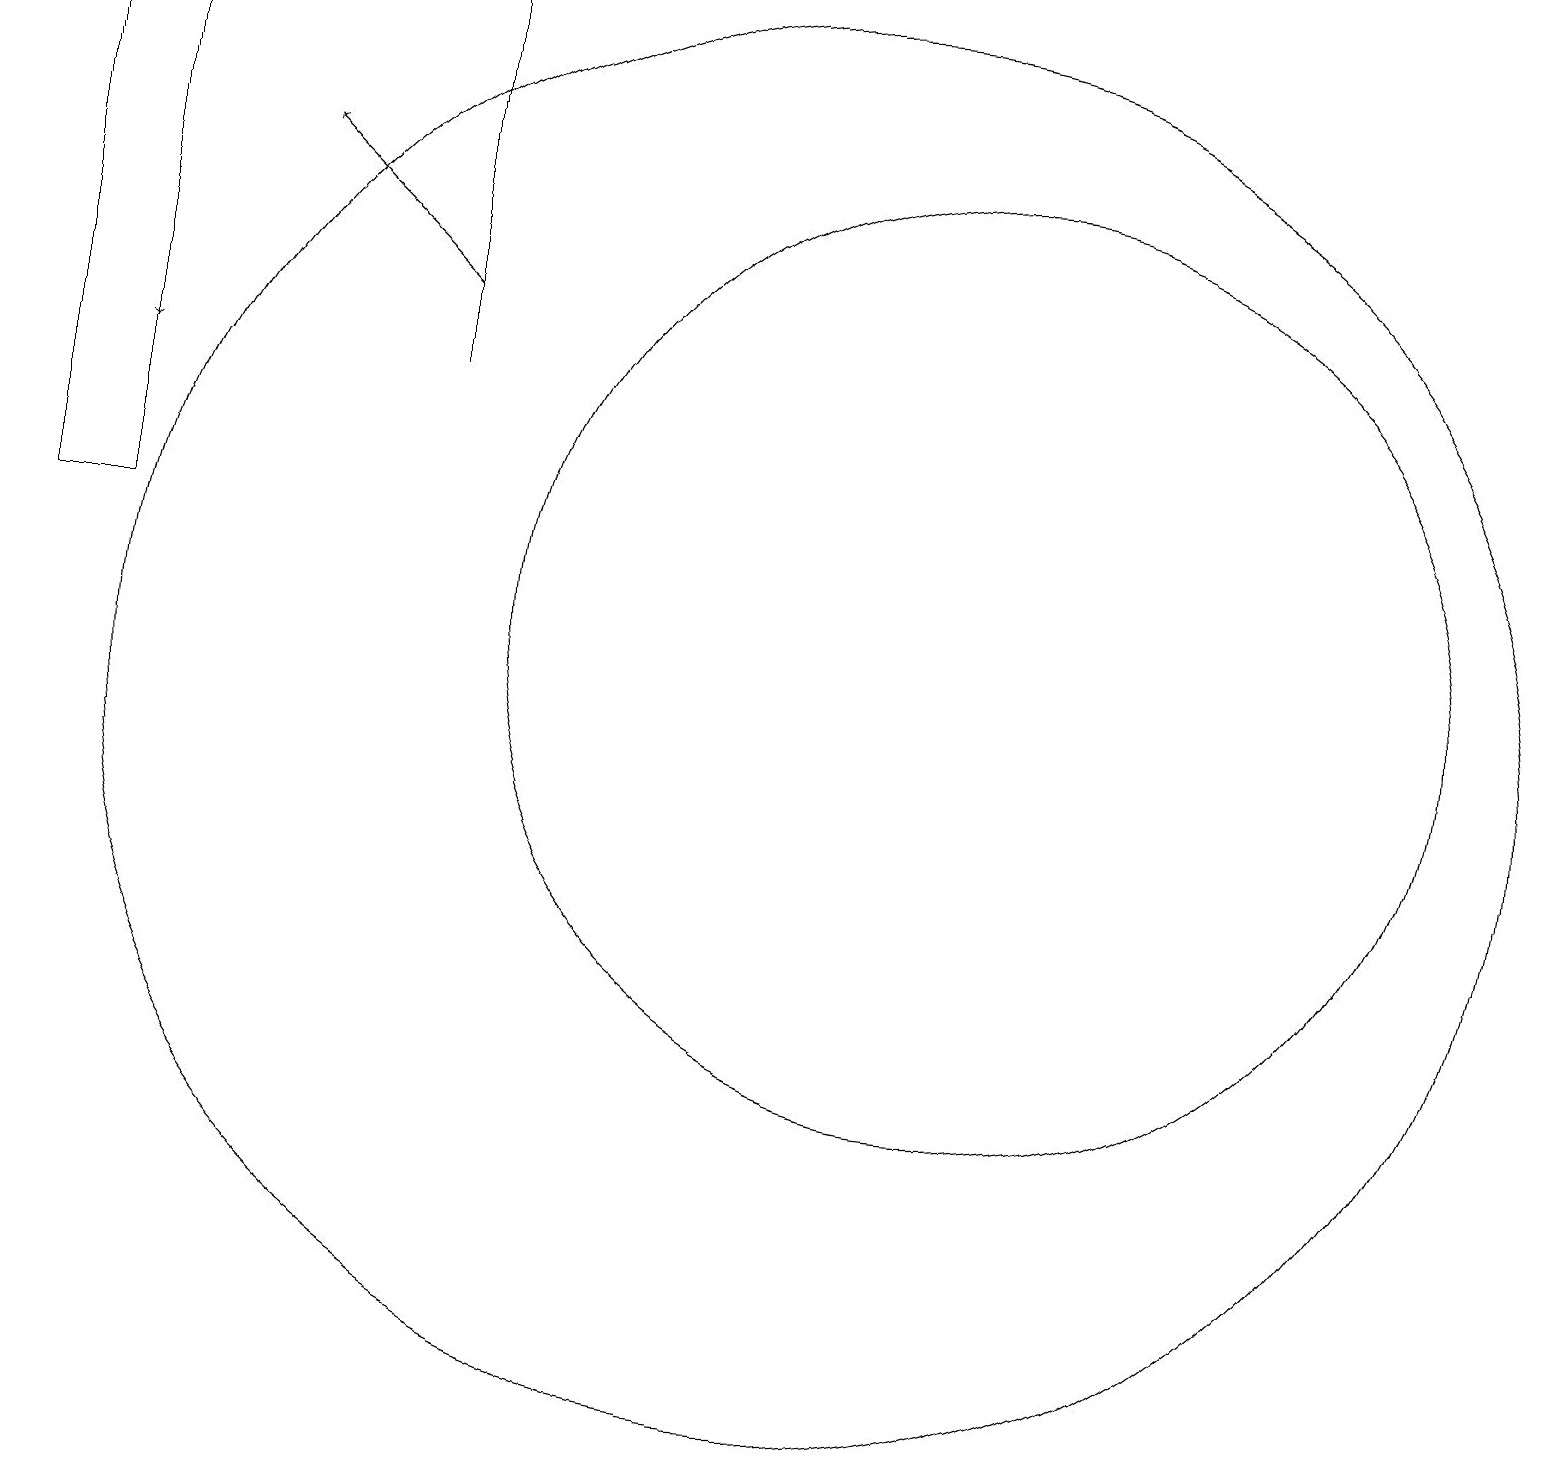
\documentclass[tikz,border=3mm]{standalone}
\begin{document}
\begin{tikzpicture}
\draw[->] (5,15) -- (3,17);
\draw (5,19) rectangle (5,14);
\draw (10,10) circle (9);
\draw (12,11) circle (6);
\draw[->] (1,19) -- (1,14);
\draw (1,12) rectangle (0,19);
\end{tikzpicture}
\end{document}